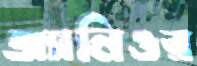
অ্যালিওর